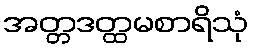
အတ္တဒတ္ထမစာရိသုံ